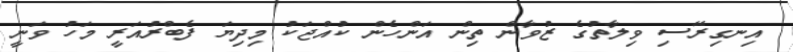
އިނގިރޭސި ވިލާތުގެ ޒުވާން ތިން އަންހެން ކުއްޖަކު މިދިޔަ ފެބްރުއަރީ މަހު ވަނީ